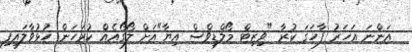
އަންނަ އަހަރު ފާހަގަ ކުރާ "ވިޒިޓް މޯލްޑިވްސް އިޔާ"އަށް ލޯގޯއެއް ކުރަހަން ހުޅުވާލައިފި